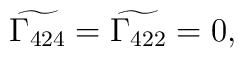
\widetilde{\Gamma_{424}} = \widetilde{\Gamma_{422}} =0,